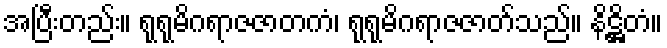
အပြီးတည်း။ ရုရုမိဂရာဇဇာတကံ၊ ရုရုမိဂရာဇဇာတ်သည်။ နိဋ္ဌိတံ။